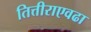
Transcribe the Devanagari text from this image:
तित्तीराएवढा